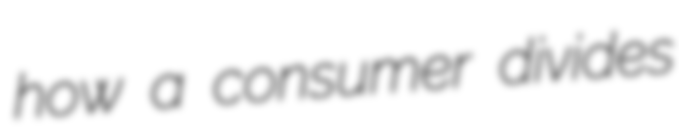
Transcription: how a consumer divides